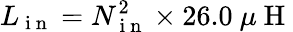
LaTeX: L_{\mathrm{~i~n~}}=N_{\mathrm{~i~n~}}^{2}\times 26.0~\mu\mathrm{~H~}